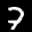
Label: 7